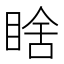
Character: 𭾼